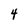
Character: 4